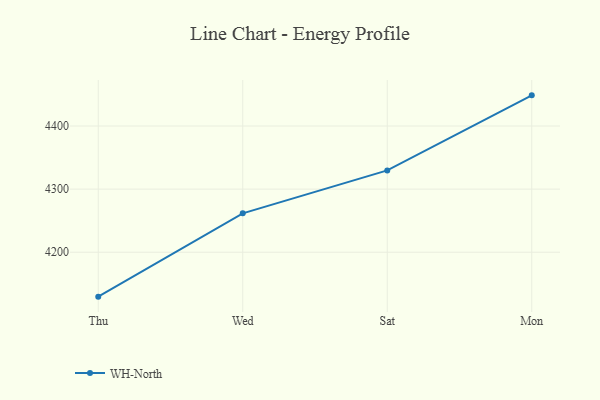
{"axis": {"x": "Day", "y": "Inventory Turnover"}, "legend": ["WH-North"], "data": [{"x": "Thu", "y": 4129.6, "type": "WH-North"}, {"x": "Wed", "y": 4261.6, "type": "WH-North"}, {"x": "Sat", "y": 4329.6, "type": "WH-North"}, {"x": "Mon", "y": 4448.6, "type": "WH-North"}]}